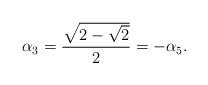
LaTeX: \begin{align*} \alpha_3 = \frac{\sqrt{ 2 - \sqrt{2} }}{2} = -\alpha_5.\end{align*}